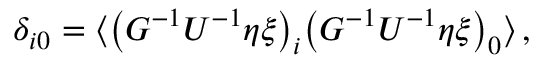
\begin{array} { r } { \delta _ { i 0 } = \big \langle \big ( G ^ { - 1 } U ^ { - 1 } \eta \xi \big ) _ { i } \big ( G ^ { - 1 } U ^ { - 1 } \eta \xi \big ) _ { 0 } \big \rangle \, , } \end{array}